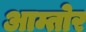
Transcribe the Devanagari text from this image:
आम्तोर